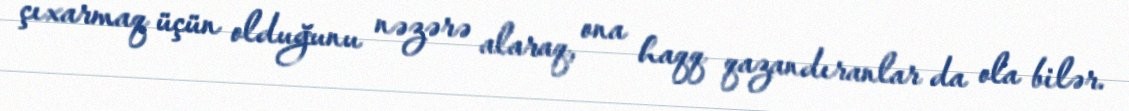
çıxarmaq üçün olduğunu nəzərə alaraq, ona haqq qazandıranlar da ola bilər.